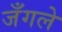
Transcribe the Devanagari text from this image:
जँगले